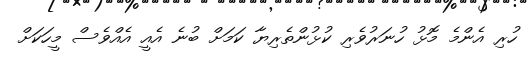
ހުރި އެންމެ މޮޅު ހުނަރުވެރި ކުޅުންތެރިޔާ ކަމަށް ބުނެ އެއީ އެއްވެސް މީހަކަށް